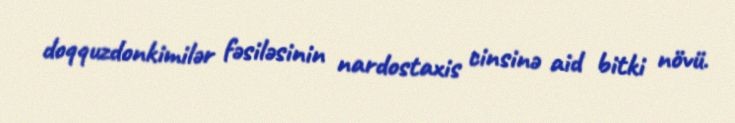
doqquzdonkimilər fəsiləsinin nardostaxis cinsinə aid bitki növü.